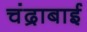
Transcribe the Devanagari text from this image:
चंद्राबाई